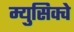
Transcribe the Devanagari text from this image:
म्युसिक्वे